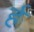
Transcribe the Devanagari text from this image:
र्ह